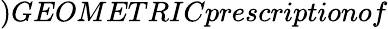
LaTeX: )GEOMETRICprescriptionof